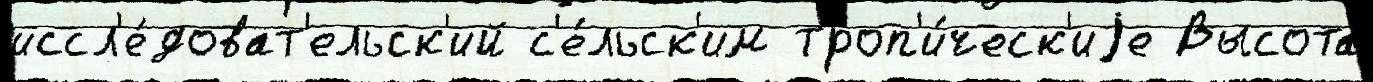
иссл'е́доват'ельск'ий с'е́льск'им троп'и́ческ'иjе Высота́